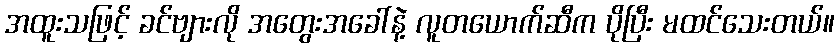
အထူးသဖြင့် ခင်ဗျားလို အတွေးအခေါ်နဲ့ လူတယောက်ဆီက ပိုပြီး မထင်သေးတယ်။